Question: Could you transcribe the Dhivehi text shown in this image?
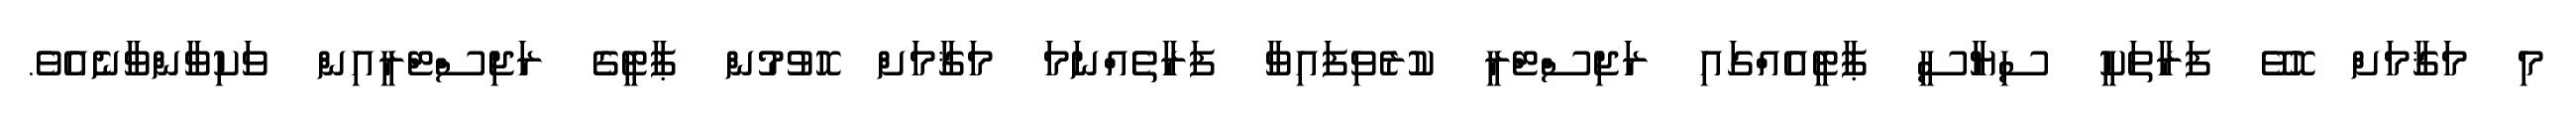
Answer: މި މަޤާމަށް ހޮވޭ ފަރާތަކީ ސިޔާސީ ޕާޓީއެއްގައި ރަޖިސްޓްރީ ކުރެވިފައިވާ ފަރާތެއްނަމަ މަޤާމަށް ހޮވުމުން ޕާޓީގެ ރަޖިސްޓްރީއިން ވަކިވާންވާނެއެވެ.